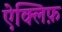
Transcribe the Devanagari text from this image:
ऐक्लिफ़